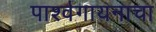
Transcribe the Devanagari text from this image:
पार्श्वगायनाचा